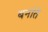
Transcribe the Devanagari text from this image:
बनांते